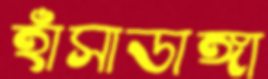
হাঁসাডাঙ্গা